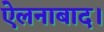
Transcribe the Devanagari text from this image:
ऐलनाबाद।